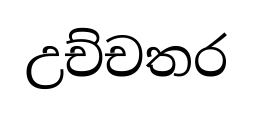
උච්චතර